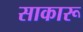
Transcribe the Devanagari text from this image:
साकारू